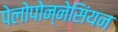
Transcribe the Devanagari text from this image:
पेलोपोन्नेसिंयन